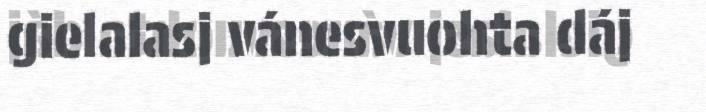
gielalasj vánesvuohta dáj